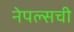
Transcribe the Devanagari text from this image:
नेपल्सची